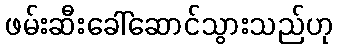
ဖမ်းဆီးခေါ်ဆောင်သွားသည်ဟု